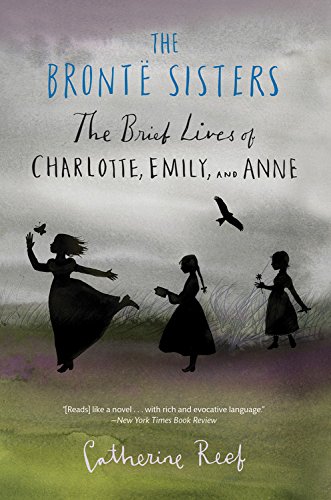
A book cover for The BrontÃ« Sisters: The Brief Lives of Charlotte, Emily, and Anne; Catherine Reef; Children's Books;